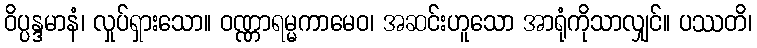
ဝိပ္ပန္ဒမာနံ၊ လှုပ်ရှားသော။ ဝဏ္ဏာရမ္မကာမေဝ၊ အဆင်းဟူသော အာရုံကိုသာလျှင်။ ပဿတိ၊